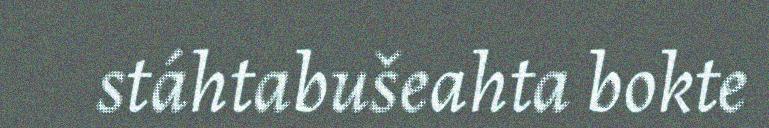
stáhtabušeahta bokte